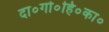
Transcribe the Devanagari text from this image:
दा०गो०हि०का०